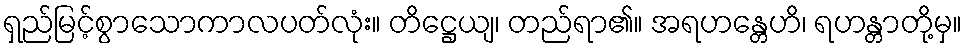
ရှည်မြင့်စွာသောကာလပတ်လုံး။ တိဋ္ဌေယျ၊ တည်ရာ၏။ အရဟန္တေဟိ၊ ရဟန္တာတို့မှ။